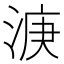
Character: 𣷄